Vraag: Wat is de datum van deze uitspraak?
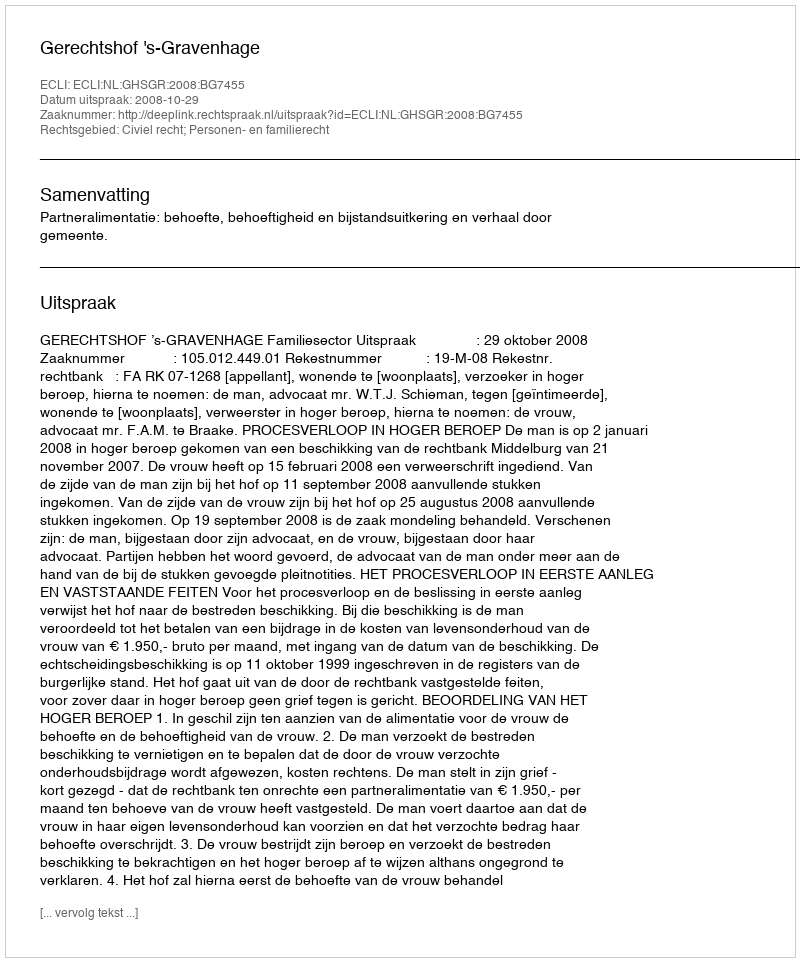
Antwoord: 2008-10-29